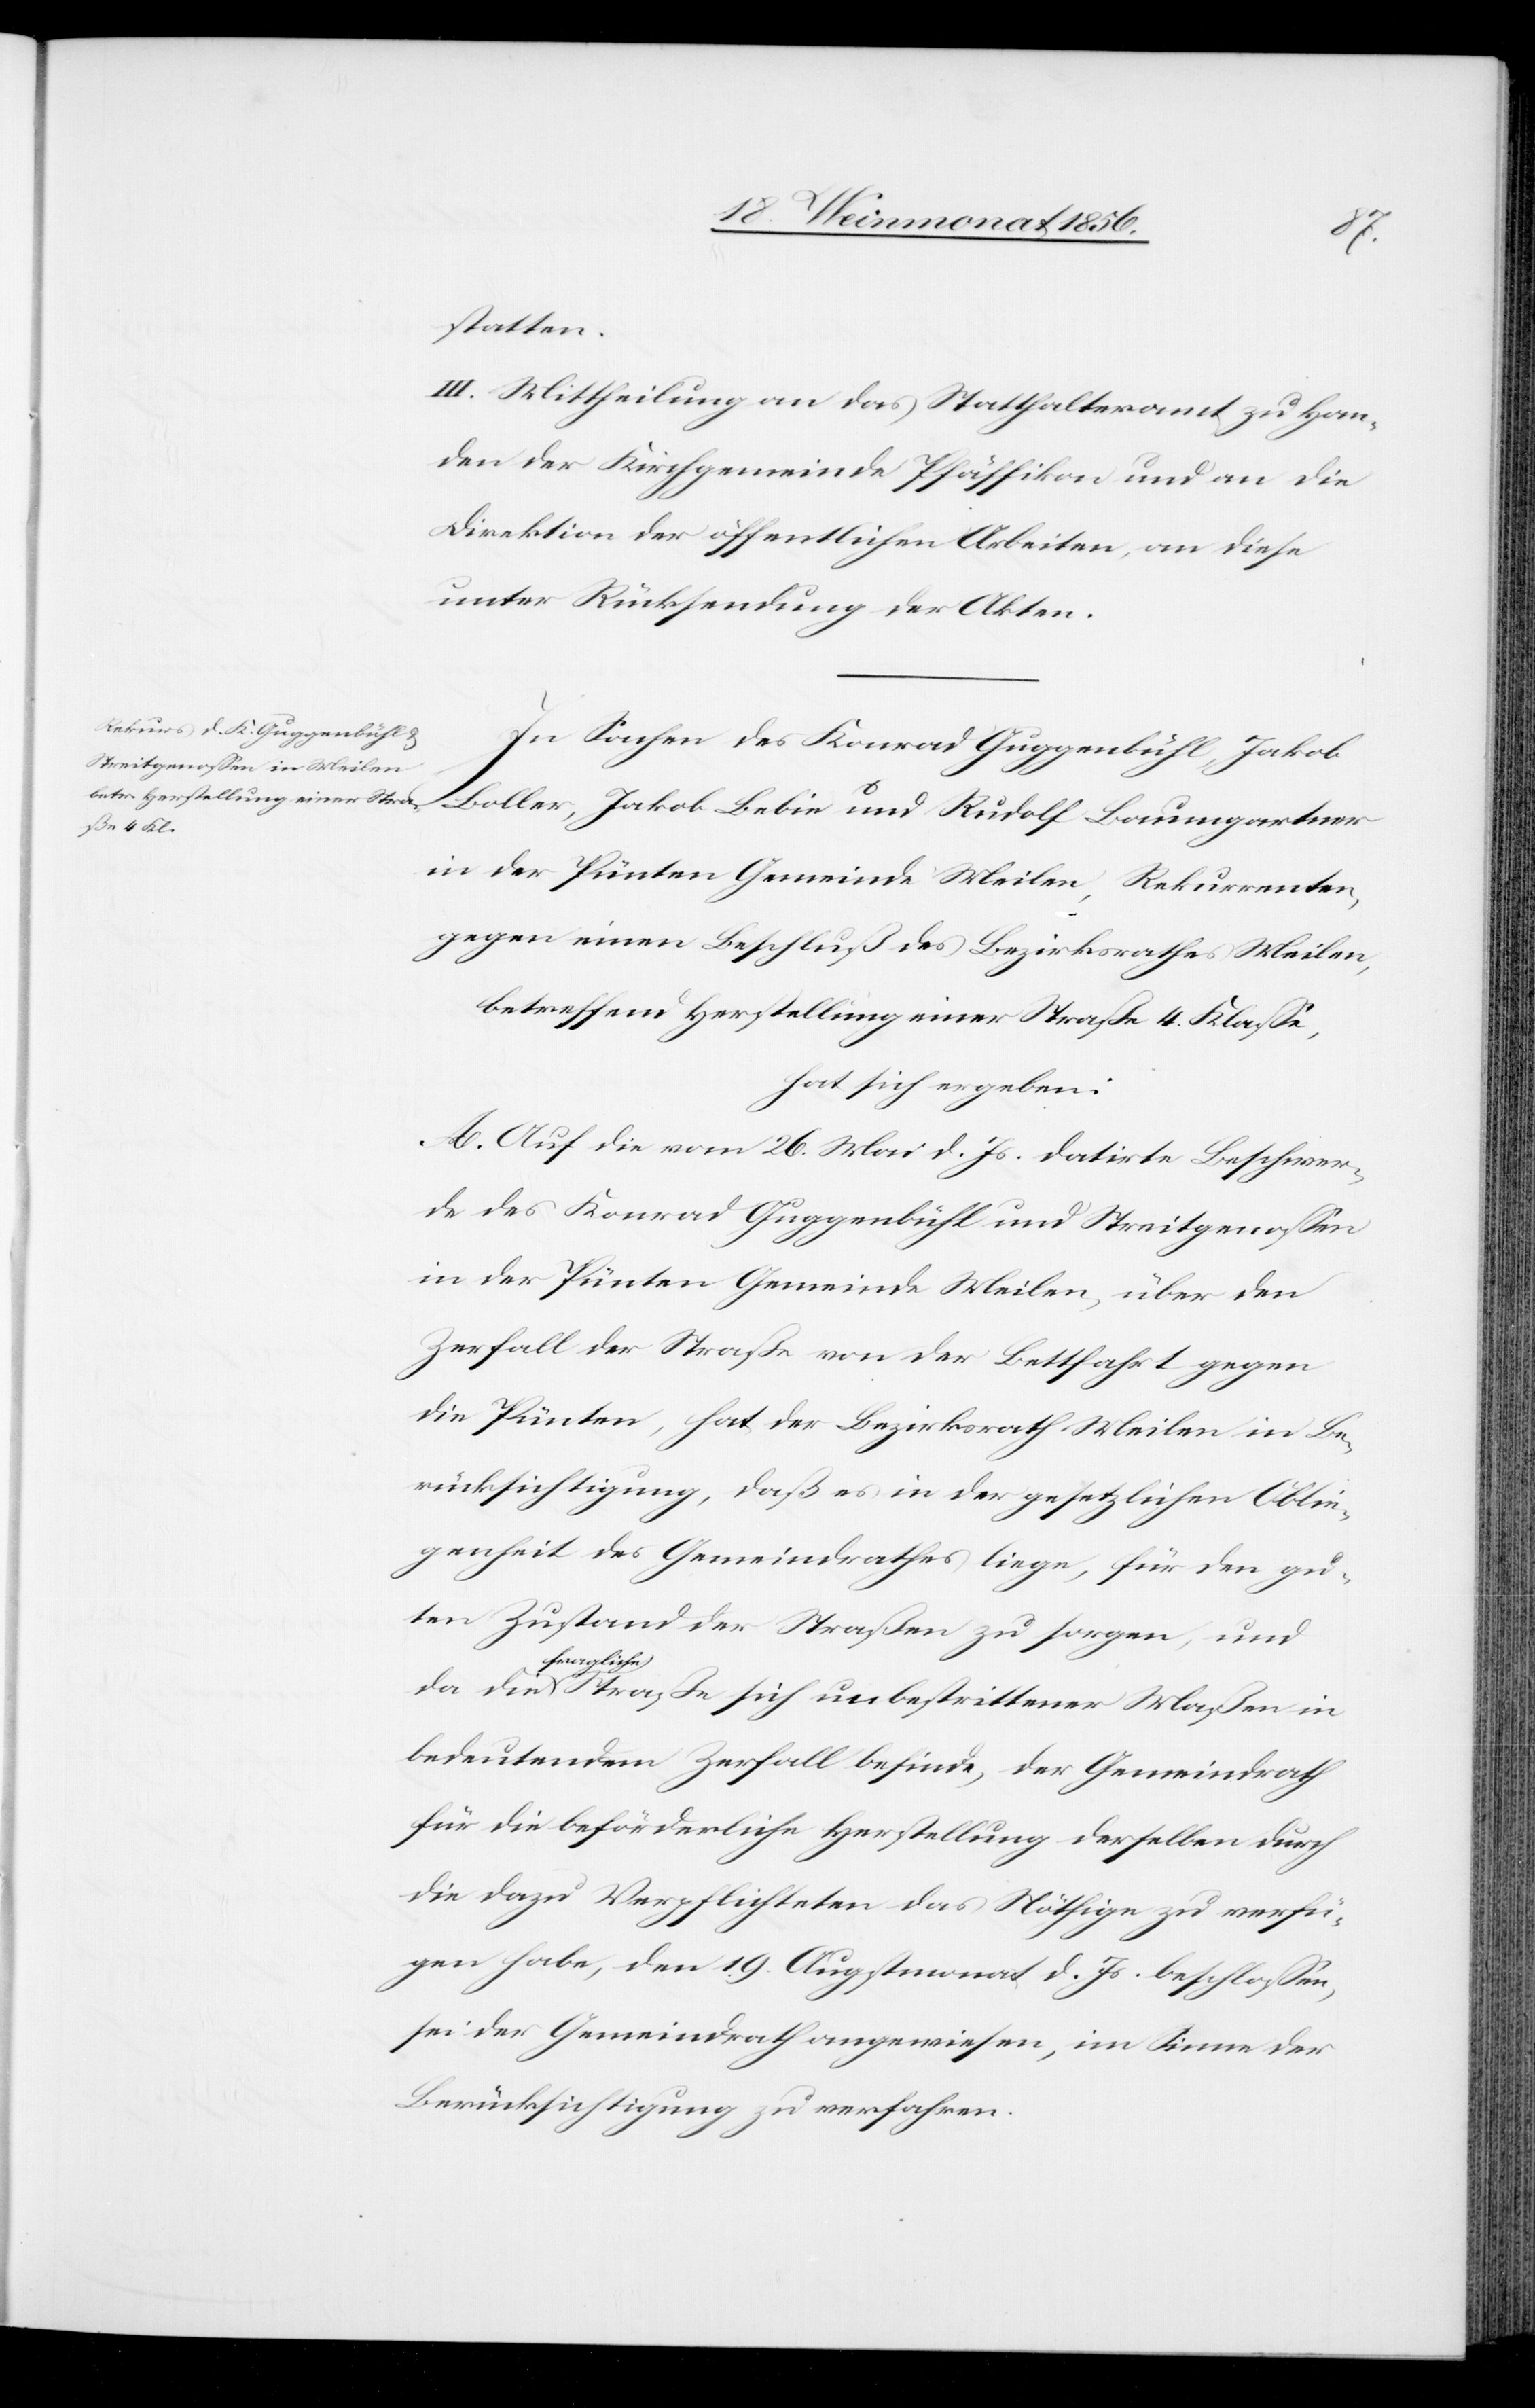
da
statten.
III. Mittheilung an das Statthalteramt zu Han¬
den der Kirchgemeinde Pfäffikon und an die
Direktion der öffentlichen Arbeiten, an diese
unter Rücksendung der Akten.
In Sachen des Konrad Guggenbühl, Jakob
Boller, Jakob Bebie und Rudolf Baumgartner
in der Pünten Gemeinde Meilen, Rekurrenten,
gegen einen Beschluß des Bezirksrathes Meilen,
betreffend Herstellung einer Straße 4. Klasse,
hat sich ergeben:
A. Auf die vom 26. Mai d. Js. datirte Beschwer¬
de des Konrad Guggenbühl und Streitgenossen
in der Pünten Gemeinde Meilen, über den
Zerfall der Straße von der Bettfahrt gegen
die Pünten, hat der Bezirksrath Meilen in Be¬
rücksichtigung, daß es in der gesetzlichen Oblie¬
genheit des Gemeindrathes liege, für den gu¬
ten Zustand der Straße zu sorgen, und
a-fragli¬
ch¬
e-a Straße sich unbestrittener Maßen in
bedeutendem Zerfall befinde, der Gemeindrath
für die beförderliche Herstellung derselben durch
die dazu Verpflichteten das Nöthige zu verfü¬
gen habe, den 19. Augstmonat d. Js. beschlossen,
sei der Gemeindrath angewiesen, im Sinne der
Berücksichtigung zu verfahren.